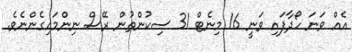
އެއް ވަނަ ހޯދާފައި ވަނީ 16 މިނެޓް 31 ސިކުންތުން ރޭސް ނިންމައިގެންނެވެ.